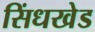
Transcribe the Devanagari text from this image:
सिंधखेड